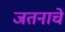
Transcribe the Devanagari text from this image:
जतनाचे